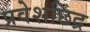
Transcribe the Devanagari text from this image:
प्रवेशछिद्र